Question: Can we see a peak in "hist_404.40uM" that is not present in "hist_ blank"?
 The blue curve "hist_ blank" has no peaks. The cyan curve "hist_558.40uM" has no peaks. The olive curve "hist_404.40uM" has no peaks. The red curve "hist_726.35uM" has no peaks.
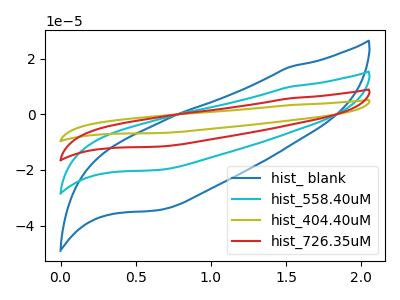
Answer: <think>Neither "hist_404.40uM" or "hist_ blank" have any peaks.
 </think>
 <answer>No, "hist_404.40uM" and "hist_ blank" don't appear to be significantly different in shape</answer>
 <eval>no_change</eval>